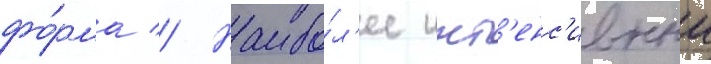
фо́рма // Наибо́л'ее инт'енс'ивныи